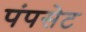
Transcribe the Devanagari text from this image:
पंपसेट